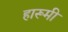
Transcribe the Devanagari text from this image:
हारूमी